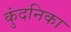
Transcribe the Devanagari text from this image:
कुंदनिका